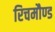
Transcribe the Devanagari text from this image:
रिचमौण्ड